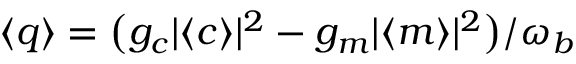
\langle q \rangle = \big ( g _ { c } | \langle c \rangle | ^ { 2 } - g _ { m } | \langle m \rangle | ^ { 2 } \big ) / \omega _ { b }